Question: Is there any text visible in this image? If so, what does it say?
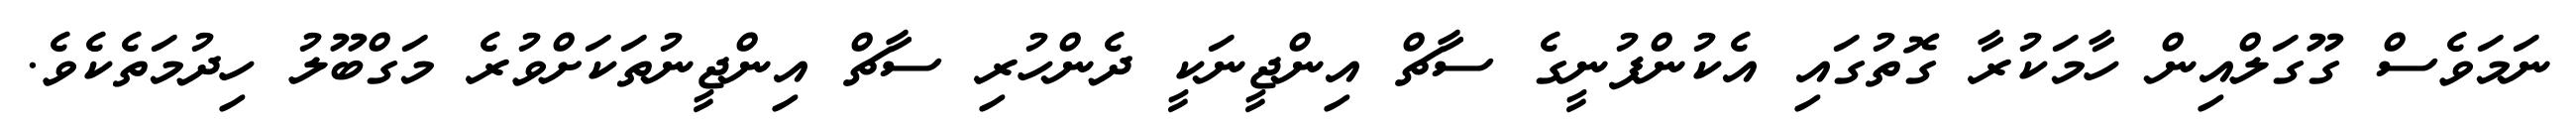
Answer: ނަމަވެސް ގޫގަލްއިން ހާމަކުރާ ގޮތުގައި އެކުންފުނީގެ ސާޗް އިންޖީނަކީ ދެންހުރި ސާޗް އިންޖީނުތަކަށްވުރެ މަގްބޫލު ހިދުމަތެކެވެ.